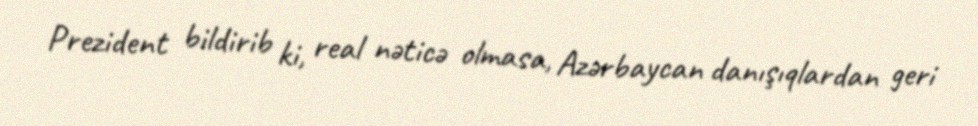
Prezident bildirib ki, real nəticə olmasa, Azərbaycan danışıqlardan geri